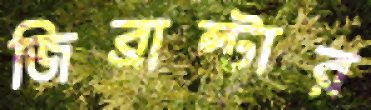
জিব্রাল্টার